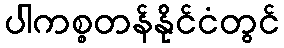
ပါကစ္စတန်နိုင်ငံတွင်